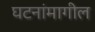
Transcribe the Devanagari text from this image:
घटनांमागील